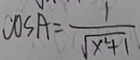
C 0 s A = \frac { 1 } { \sqrt { x ^ { 2 } + 1 } }